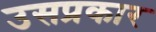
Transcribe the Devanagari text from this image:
उसप्रकार